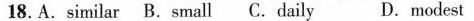
18.A.similar B.small C.daily D.modest